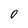
Character: O